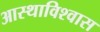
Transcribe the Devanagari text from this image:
आस्थाविश्वास